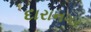
દારાનગર